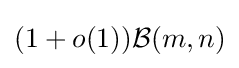
(1+o(1)){\mathcal {B}}(m,n)